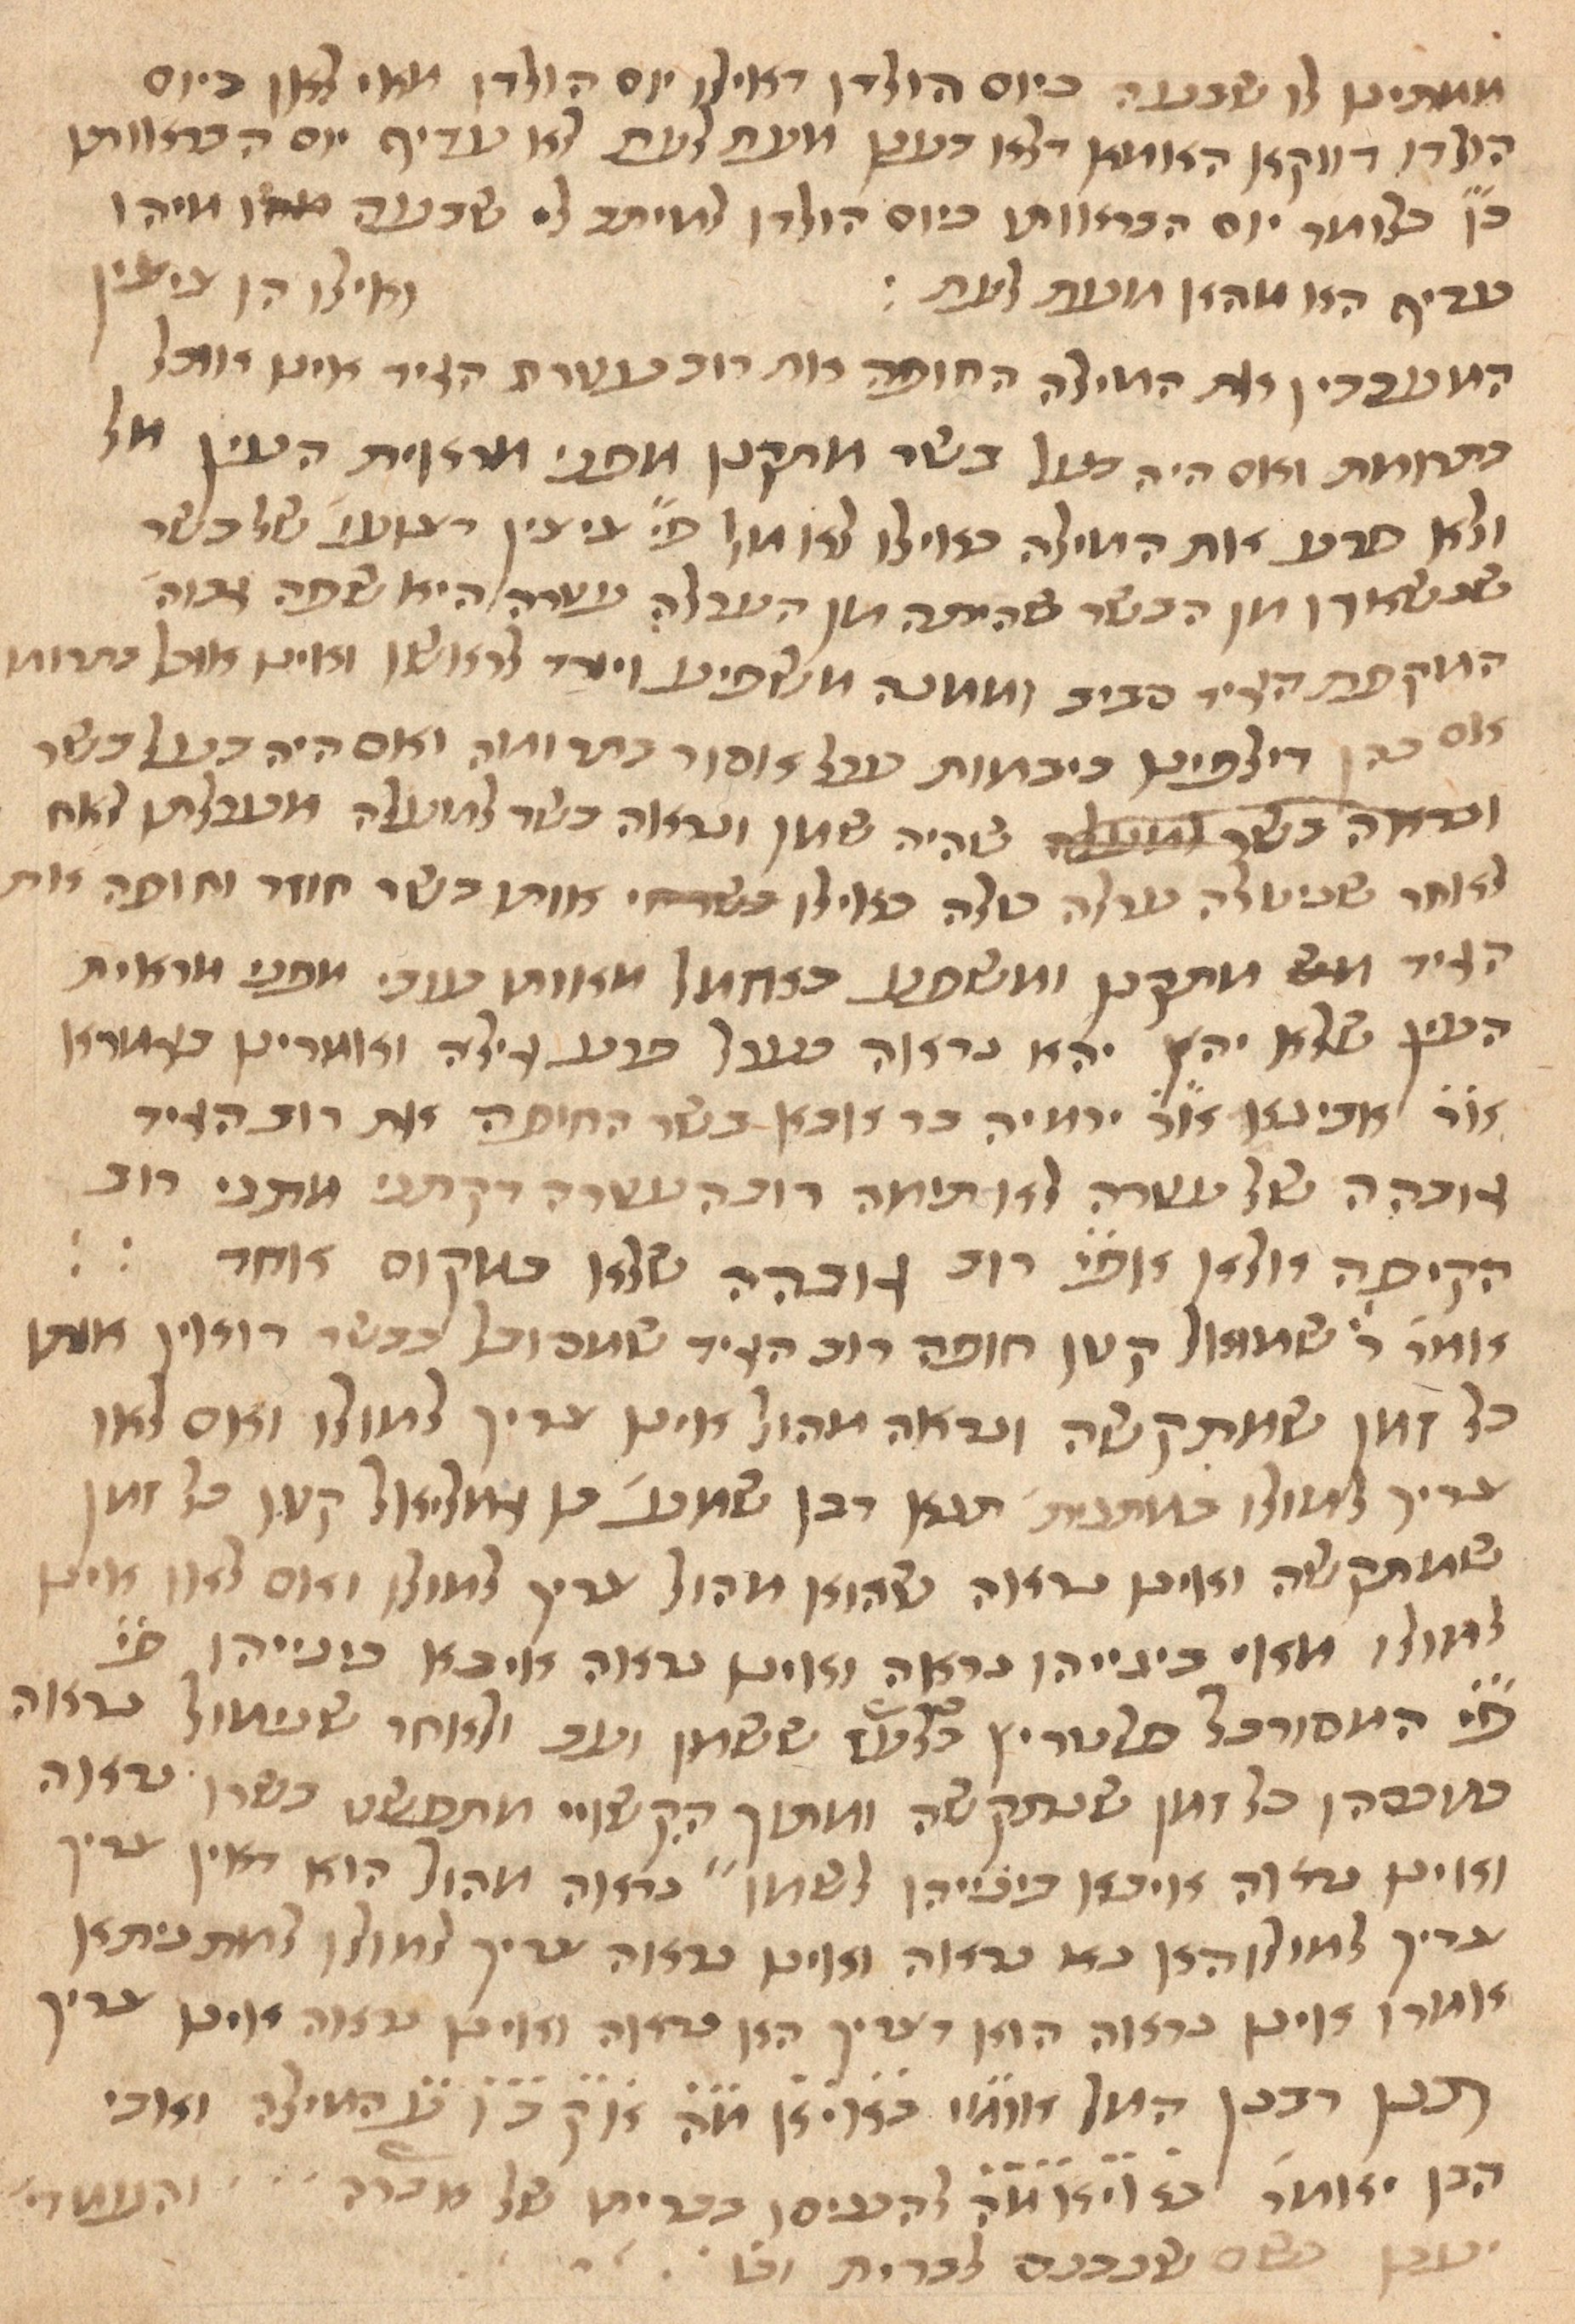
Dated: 1435–1465